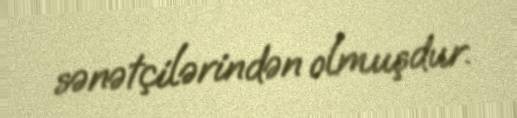
sənətçilərindən olmuşdur.